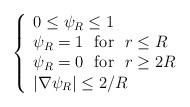
LaTeX: \begin{align*}\left\{\begin{array}{lr}0\leq\psi_R\leq1\\\psi_R=1 \ \mbox{ for }\ r\leq R\\\psi_R=0\ \mbox{ for }\ r\geq 2 R\\|\nabla \psi_R|\leq 2/R\end{array}\right.\end{align*}